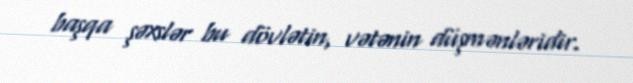
başqa şəxslər bu dövlətin, vətənin düşmənləridir.